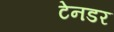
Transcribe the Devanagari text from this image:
टेनडर